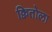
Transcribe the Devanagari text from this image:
क्वितोला